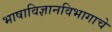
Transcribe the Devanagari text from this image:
भाषाविज्ञानविभागाचे